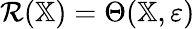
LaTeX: \mathcal{R}(\mathbb{X})=\Theta(\mathbb{X},\varepsilon)